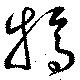
犒